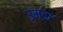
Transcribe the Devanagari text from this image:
उमडा